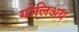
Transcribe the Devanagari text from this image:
गोलिअथ